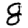
Digit: 8